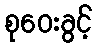
စုဝေးခွင့်